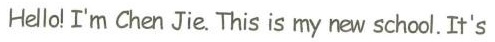
Hello! I'm Chen Jie. This is my new school. It's